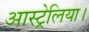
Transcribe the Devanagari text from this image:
आस्ट्रेलिया।